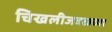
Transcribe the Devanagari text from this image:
चिखलीजवळच्या